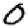
Digit: 0